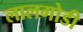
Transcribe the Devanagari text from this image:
लालगोडी